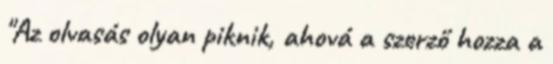
"Az olvasás olyan piknik, ahová a szerző hozza a